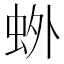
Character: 𫊰